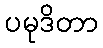
ပမုဒိတာ